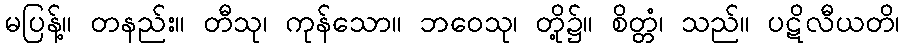
မပြန့်။ တနည်း။ တီသု၊ ကုန်သော။ ဘဝေသု၊ တို့၌။ စိတ္တံ၊ သည်။ ပဋိလီယတိ၊